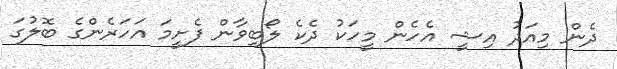
ދެން މިއަދު އިޝީ އެހެން މީހަކު ދެކެ ލޯބިވާން ފެށީމަ އަހަރެންގެ ބޮލުގަ